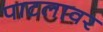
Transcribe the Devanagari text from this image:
पाटलावर